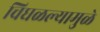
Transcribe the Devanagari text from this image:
चिघळल्यामुळे